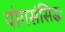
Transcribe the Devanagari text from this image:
योगसंसिद्धः